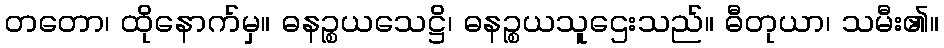
တတော၊ ထိုနောက်မှ။ ဓနဉ္စယသေဋ္ဌိ၊ ဓနဉ္စယသူဌေးသည်။ ဓီတုယာ၊ သမီး၏။